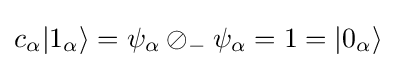
c_{\alpha }|1_{\alpha }\rangle =\psi _{\alpha }\oslash _{-}\psi _{\alpha }=1=|0_{\alpha }\rangle